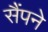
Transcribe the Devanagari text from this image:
सैंपने